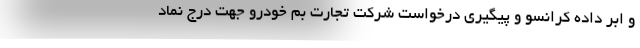
و ابر داده کرانسو و پیگیری درخواست شرکت تجارت بم خودرو جهت درج نماد